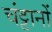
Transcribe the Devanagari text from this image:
चंट्टानों